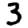
Digit: 3